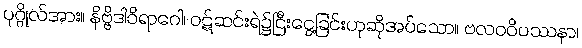
ပုဂ္ဂိုလ်အား။ နိဗ္ဗိဒါဝိရာဂေါ၊ ဝဋ်ဆင်းရဲ၌ငြီးငွေ့ခြင်းဟုဆိုအပ်သော။ ဗလဝဝိပဿနာ၊